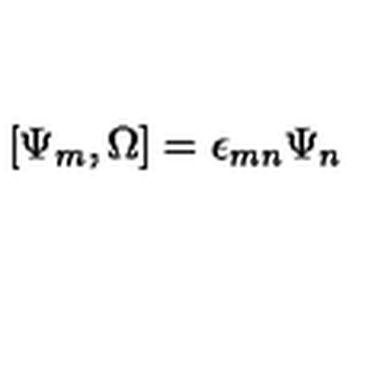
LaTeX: [ \Psi _ { m } , \Omega ] = \epsilon _ { m n } \Psi _ { n }